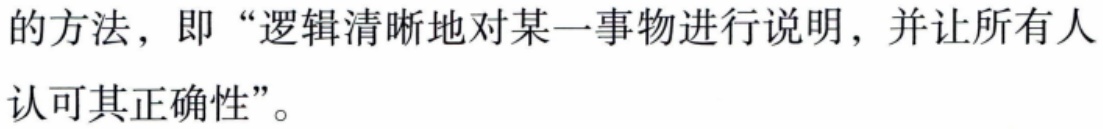
的方法，即“逻辑清晰地对某一事物进行说明，并让所有人认可其正确性”。